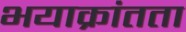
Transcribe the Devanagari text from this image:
भयाक्रांतता